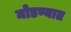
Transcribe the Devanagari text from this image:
मोडण्यात